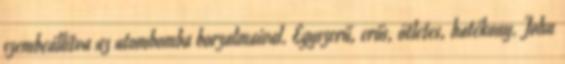
szembeállítva az atombomba borzalmaival. Egyszerű, erős, ötletes, hatékony. John